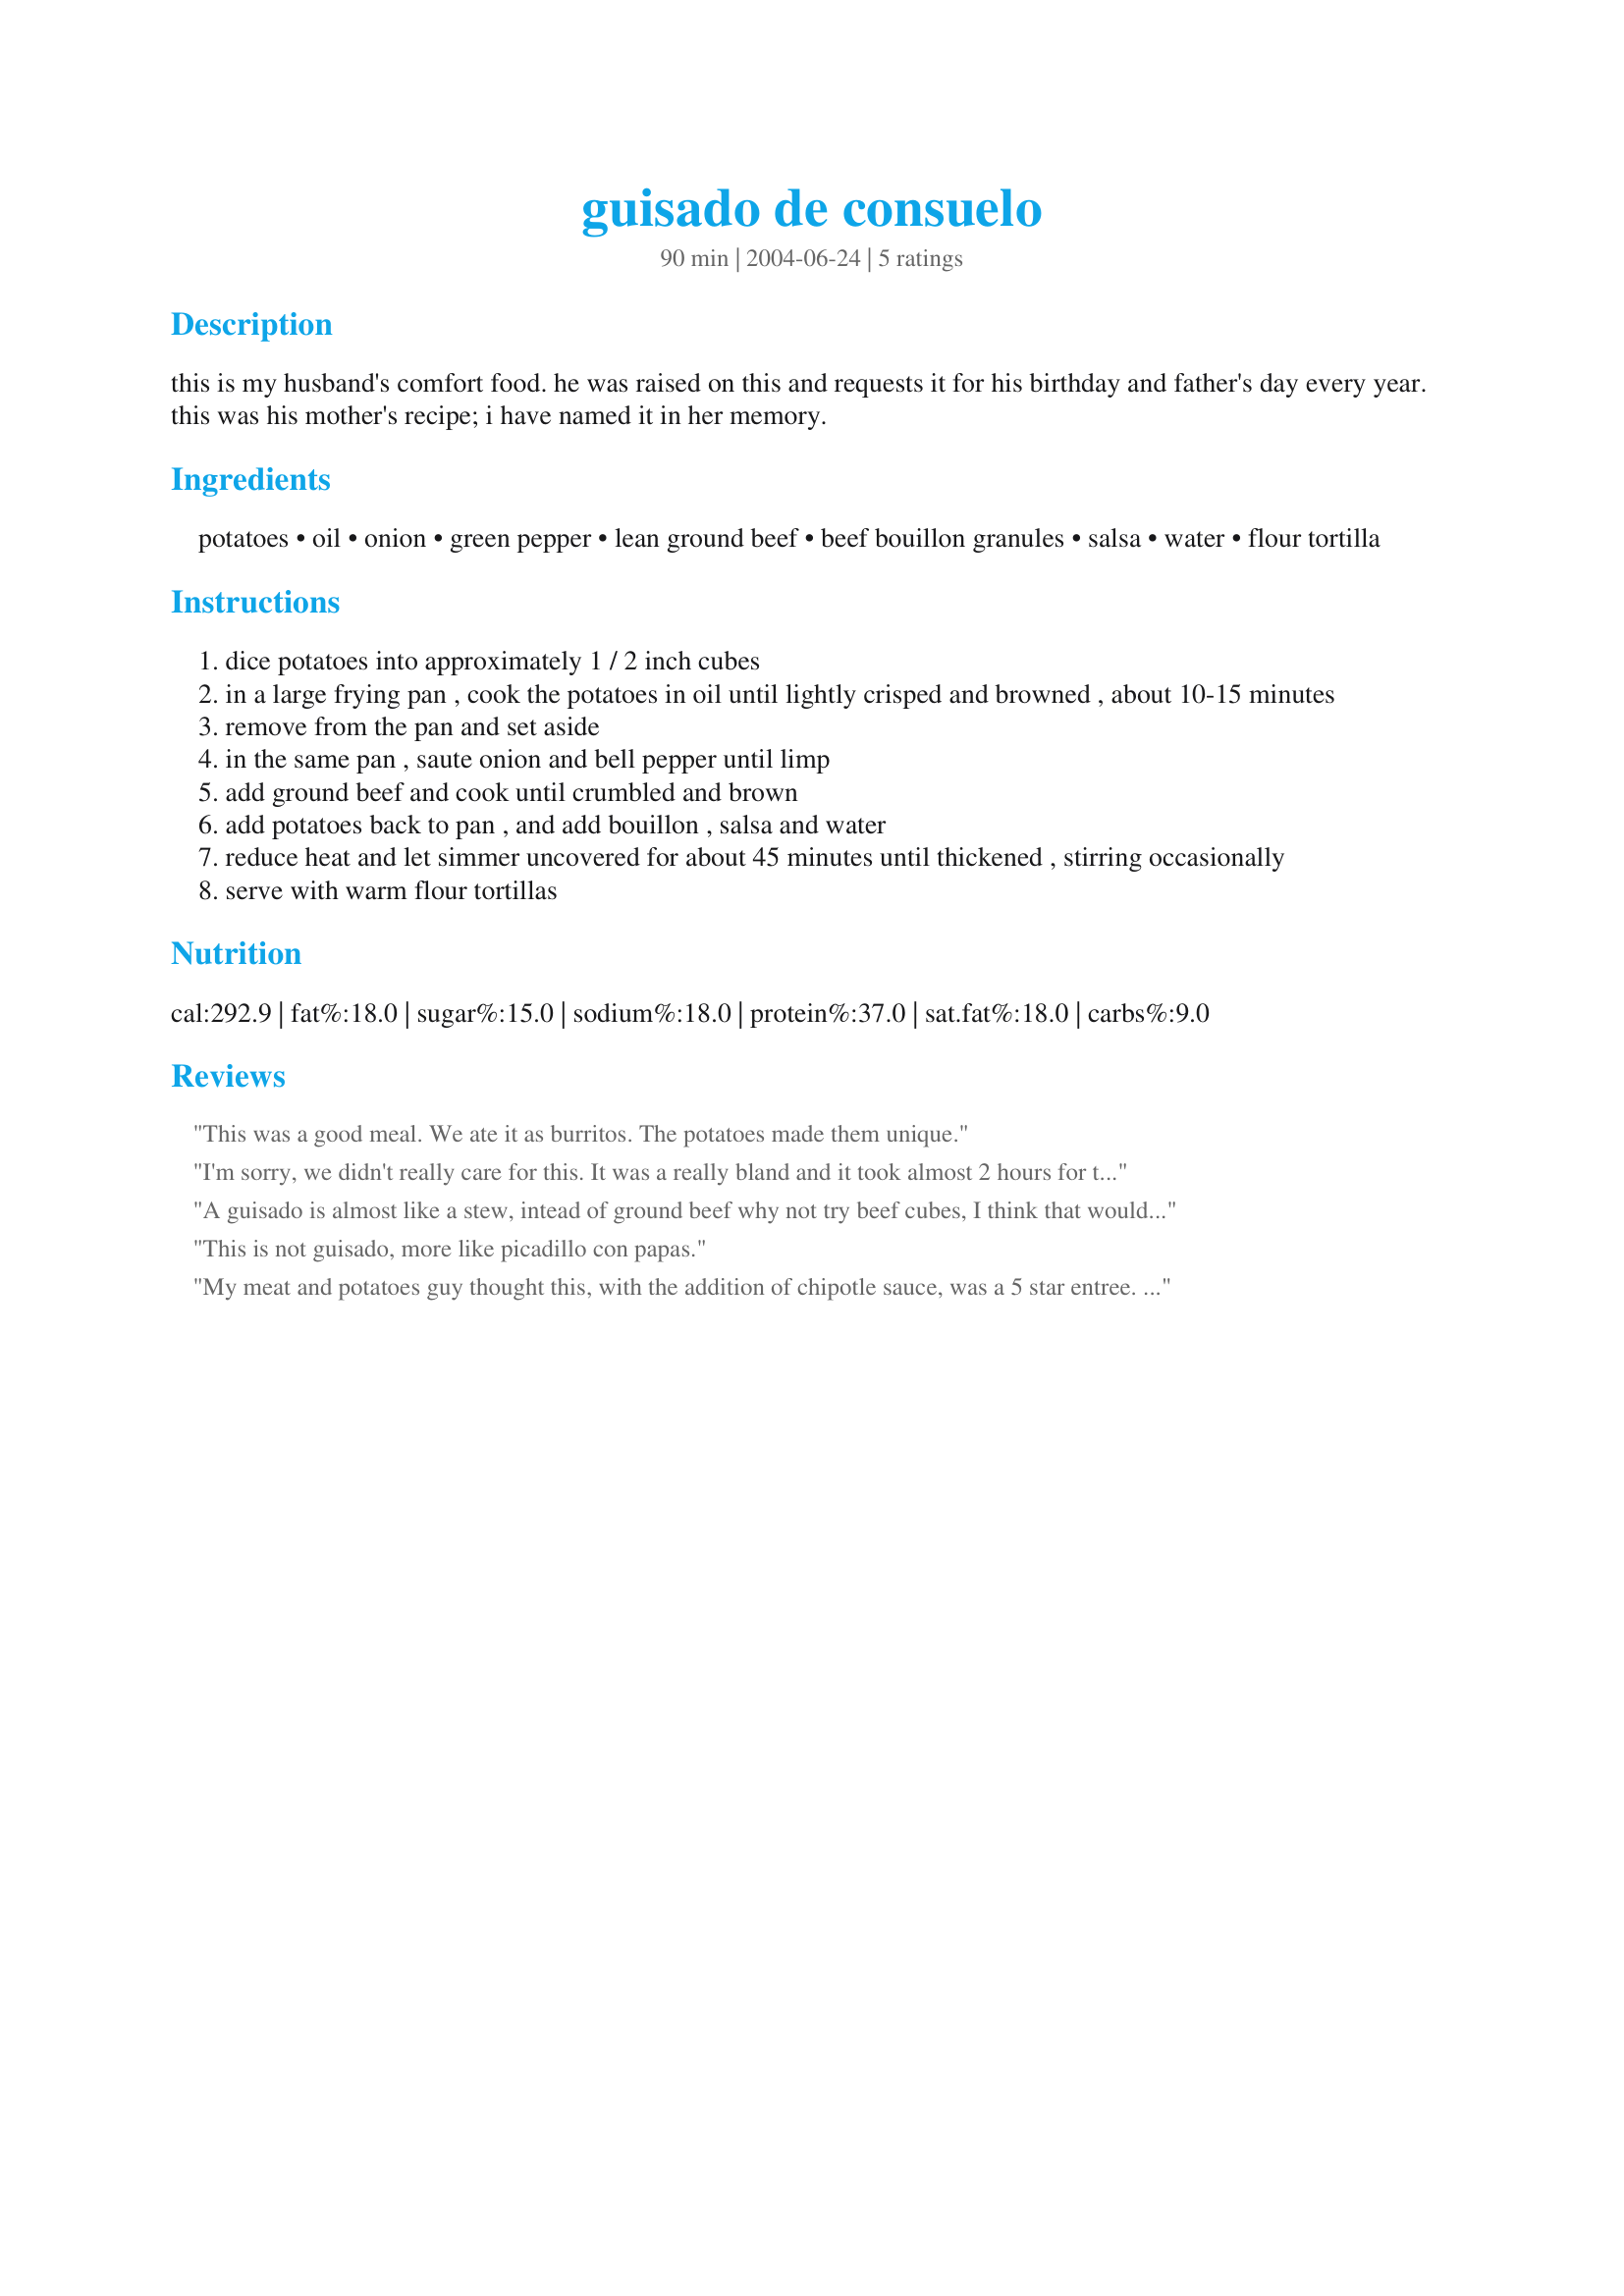
guisado de consuelo
Preparation time: 90 minutes

this is my husband's comfort food. he was raised on this and requests it for his birthday and father's day every year. this was his mother's recipe; i have named it in her memory.

Ingredients:
potatoes, oil, onion, green pepper, lean ground beef, beef bouillon granules, salsa, water, flour tortilla

Steps:
dice potatoes into approximately 1 / 2 inch cubes
in a large frying pan , cook the potatoes in oil until lightly crisped and browned , about 10-15 minutes
remove from the pan and set aside
in the same pan , saute onion and bell pepper until limp
add ground beef and cook until crumbled and brown
add potatoes back to pan , and add bouillon , salsa and water
reduce heat and let simmer uncovered for about 45 minutes until thickened , stirring occasionally
serve with warm flour tortillas

Reviews:
This was a good meal. We ate it as burritos. The potatoes made them unique.
I'm sorry, we didn't really care for this. It was a really bland and it took almost 2 hours for the potatoes to cook. I believe we followed the recipe correctly, but we just didn't care for the taste.
A guisado is almost like a stew, intead of ground beef why not try beef cubes, I think that would work out alot better than the ground-beef. At least thats my idea. Sorry!!!!!!!!!
This is not guisado, more like picadillo con papas.
My meat and potatoes guy thought this, with the addition of chipotle sauce, was a 5 star entree. I thought it was great for a busy cook with too may things to do. Thanks, Ginny Sue.
